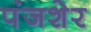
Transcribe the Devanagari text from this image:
पंजशेर